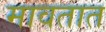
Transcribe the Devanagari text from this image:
मावतात